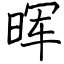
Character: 晖